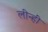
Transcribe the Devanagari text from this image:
लीन्‍हीं